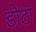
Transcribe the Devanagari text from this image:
डोटा